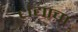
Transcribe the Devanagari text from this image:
धंद्याचा